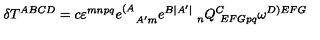
\delta T ^ { A B C D } = c \varepsilon ^ { m n p q } e _ { \quad A ^ { \prime } m } ^ { ( A } e _ { \qquad \ n } ^ { B | A ^ { \prime } | } Q _ { \ E F G p q } ^ { C } \omega ^ { D ) E F G } \label y